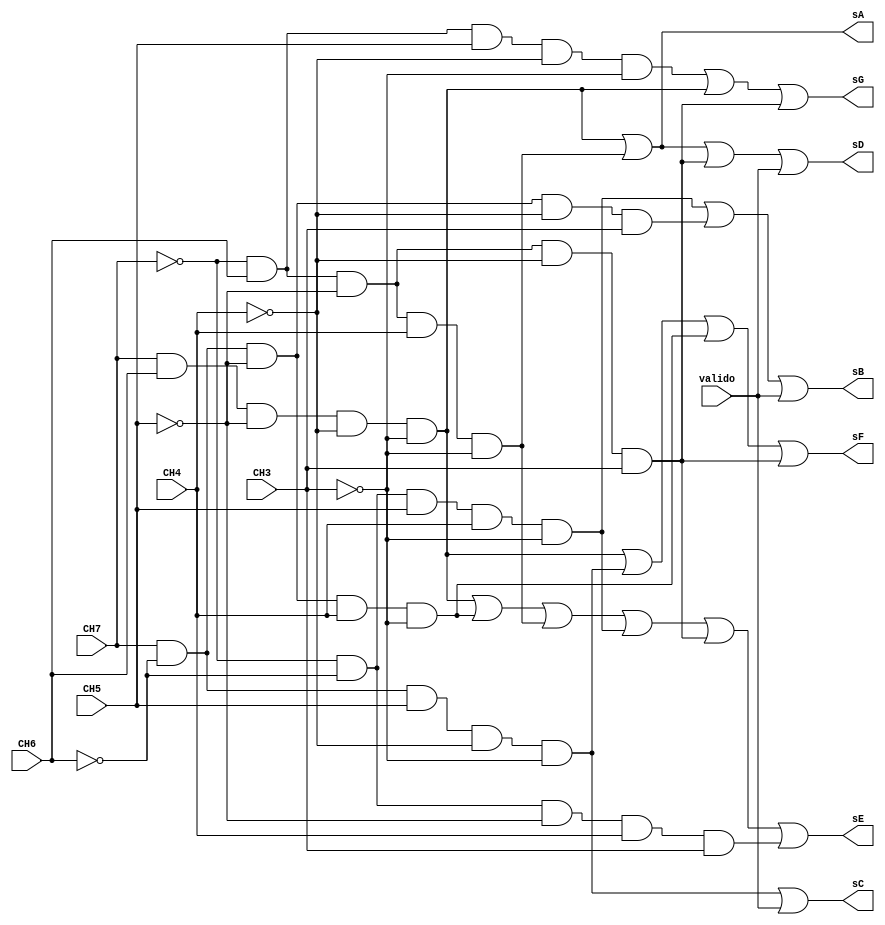
module display7seg (CH7,CH6,CH5,CH4,CH3,valido,sA,sB,sC,sD,sE,sF,sG);

	input CH7,CH6,CH5,CH4,CH3,valido; //codigo 2 de 5 e validez do codigo digitado
	output sA,sB,sC,sD,sE,sF,sG;   //segmentos do display 7seg
	
	wire nCH7,nCH6,nCH5,nCH4,nCH3, //inversoras do cdigo 2 de 5
	n0,n1,n2,n3,n4,n5,n6,n7,n9;	//representao nmero do codigo 2 de 5
	
	//inversoras
	not(nCH7, CH7);
	not(nCH6, CH6);
	not(nCH5, CH5);
	not(nCH4, CH4);
	not(nCH3, CH3);
	
	//combinaes do cdigo 2 de 5 ( vlidos )
   and (n0, nCH7,CH6,CH5,nCH4,nCH3); //01100  =   0
   and (n1, CH7,CH6,nCH5,nCH4,nCH3); //11000  =	  1
   and (n2, CH7,nCH6,CH5,nCH4,nCH3); //10100  =	  2
   and (n3, CH7,nCH6,nCH5,CH4,nCH3); //10010  =	  3
   and (n4, nCH7,CH6,nCH5,CH4,nCH3); //01010  =	  4
   and (n5, nCH7,nCH6,CH5,CH4,nCH3); //00110  =	  5
   and (n6, CH7,nCH6,nCH5,nCH4,CH3); //10001  =	  6	
   and (n7, nCH7,CH6,nCH5,nCH4,CH3); //01001  =	  7	
   and (n9, nCH7,nCH6,nCH5,CH4,CH3); //00011  =	  9
	
	//segmento A
	or(sA,n1,n4);
	
	//segmento B
	or(sB,n5,n6,valido);  //caso valido for igual 1, desliga B
	
	//segmento C
	or(sC,n2,valido); 	//caso valido for igual 1, desliga C
	
	//segmento D
	or(sD,n1,n4,n7,valido);	//caso valido for igual 1, desliga D
	
	//segmento E
	or(sE,n1,n3,n4,n5,n7,n9);
	
	//segmento F
	or(sF,n1,n2,n3,n7);
	
	//segmento G
	or(sG,n0,n1,n7);
	
endmodule